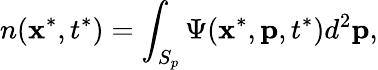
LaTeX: n(\mathbf{x}^{*},t^{*})=\int_{S_{p}}\Psi(\mathbf{x}^{*},\mathbf{p},t^{*})d^{2}\mathbf{p},